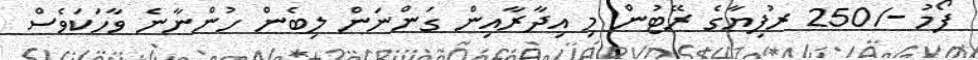
ފޯމު -/250 ރުފިޔާގެ ރޭޓުން މި އިދާރާއިން ގަންނަން ލިބެން ހުންނާނެ ވާހަކަވެސް